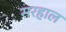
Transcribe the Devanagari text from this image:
सरहाल